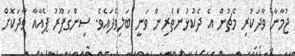
ޖުމާނާ ވާދަކުރި މެޗުން އެ ދެކުޅުންތެރިން ވަނީ ބަލިވެފައެވެ. ސިންގަޕޫރު ޕެއާއާ ވާދަކޮށް